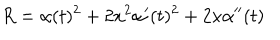
LaTeX: R = \alpha ( t ) ^ { 2 } + 2 x ^ { 2 } \alpha { ' } ( t ) ^ { 2 } + 2 x \alpha { ' ^ { \prime } } ( t )